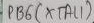
Text: PB6(XTAL1)